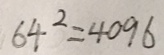
6 4 ^ { 2 } = 4 0 9 6